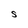
Character: S